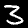
Digit: 3